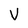
Character: V